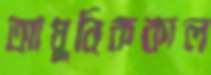
আধুনিককাল